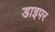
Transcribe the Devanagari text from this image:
डाइपर